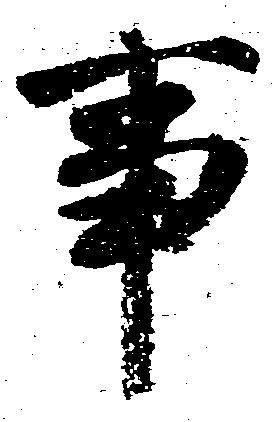
事